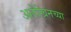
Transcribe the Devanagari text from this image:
अलेखिनच्या